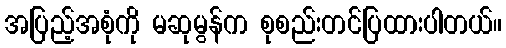
အပြည့်အစုံကို မဆုမွန်က စုစည်းတင်ပြထားပါတယ်။